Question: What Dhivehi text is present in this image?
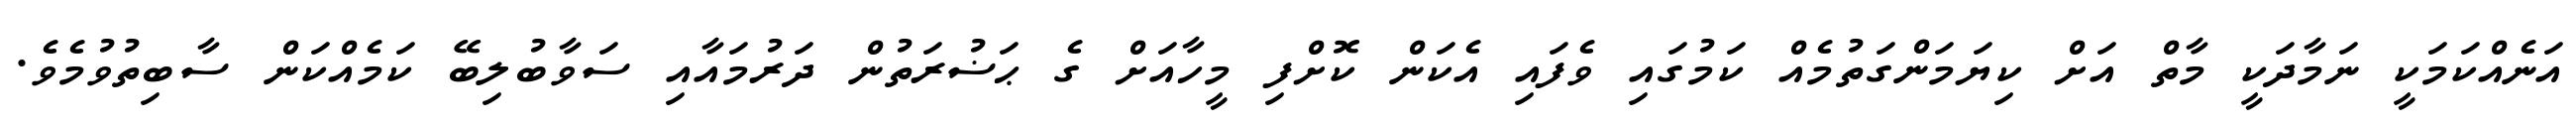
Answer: އަނެއްކަމަކީ ނަމާދަކީ މާތް އަށް ކިޔަމަންގަތުމެއް ކަމުގައި ވެފައި އެކަން ކޮށްފި މީހާއަށް ގެ ޙަޟުރަތުން ދަރުމައާއި ސަވާބުލިބޭ ކަމެއްކަން ސާބިތުވުމެވެ.